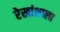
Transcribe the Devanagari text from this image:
रेखांशाला